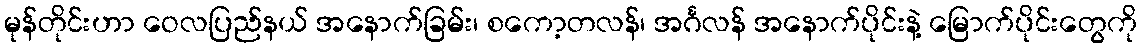
မုန်တိုင်းဟာ ဝေလပြည်နယ် အနောက်ခြမ်း၊ စကော့တလန်၊ အင်္ဂလန် အနောက်ပိုင်းနဲ့ မြောက်ပိုင်းတွေကို